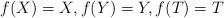
LaTeX: \begin{align*} f(X) = X,f(Y) = Y,f(T) = T \end{align*}